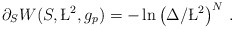
\begin{align*}\partial_{S}W(S,\L^{2},g_{p}) = -\ln\left(\Delta /\L^{2}\right)^{N}\, .\end{align*}